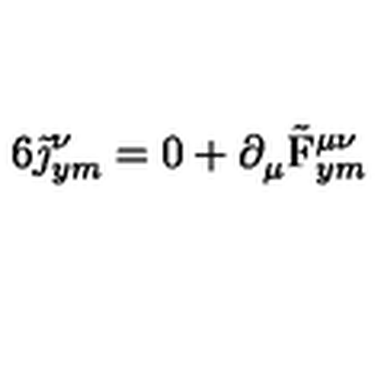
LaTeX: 6 \tilde { \mathrm { \boldmath \jmath } } _ { y m } ^ { \nu } = 0 + \partial _ { \mu } ^ { } \tilde { \mathrm { \boldmath F } } _ { y m } ^ { \mu \nu }